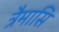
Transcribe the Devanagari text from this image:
त्रैमासि